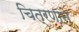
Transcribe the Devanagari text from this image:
चित्रणाने